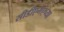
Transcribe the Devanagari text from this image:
सीडीएमएच्या